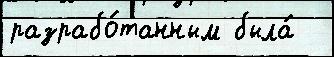
разрабо́танным была́